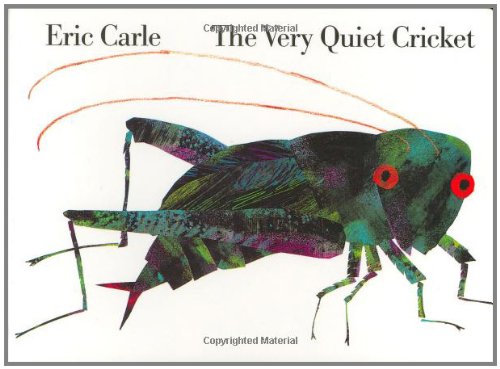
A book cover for The Very Quiet Cricket Board Book; Eric Carle; Children's Books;